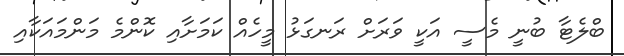
ބްލެޓާ ބުނީ މެސީ އަކީ ވަރަށް ރަނގަޅު މީހެއް ކަމަށާއި ކޮންމެ މަންމައަކާއި